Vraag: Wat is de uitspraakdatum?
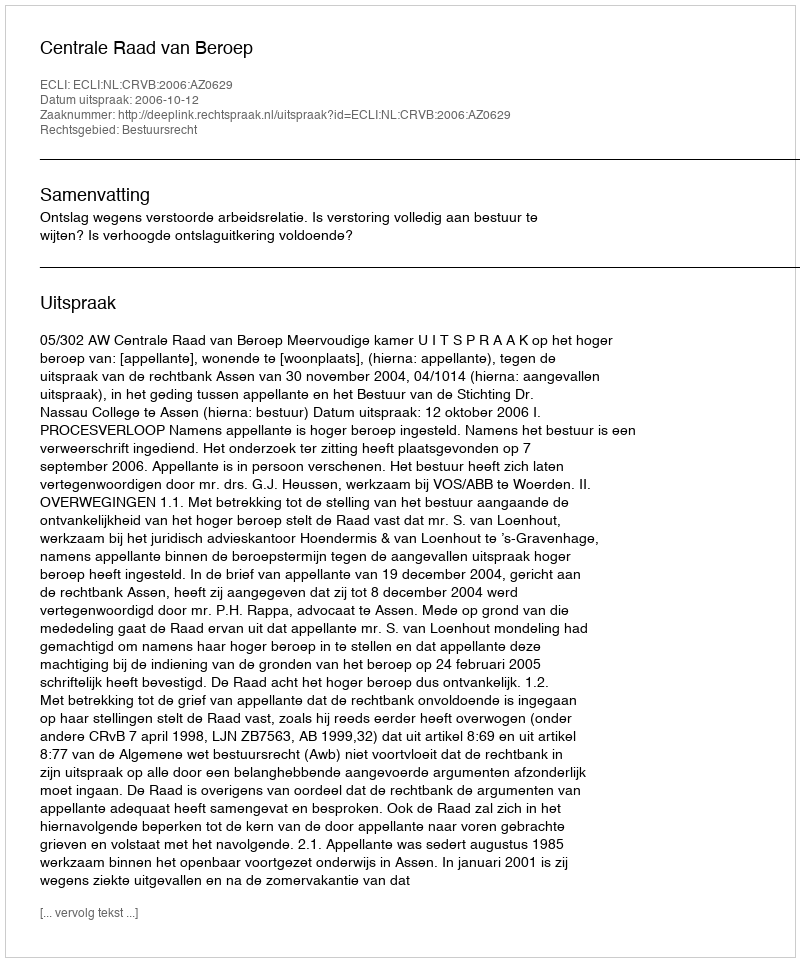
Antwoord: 2006-10-12